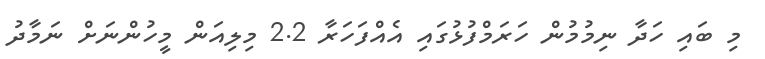
މި ބައި ހަދާ ނިމުމުން ހަރަމްފުޅުގައި އެއްފަހަރާ 2.2 މިލިއަން މީހުންނަށް ނަމާދު